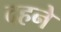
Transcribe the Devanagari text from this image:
दहने